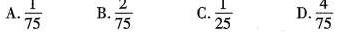
A $$\frac{1}{25}$$ B. $$\frac{2}{75}$$ C.$$\frac{1}{75}$$ D.$$\frac{4}{75}$$